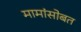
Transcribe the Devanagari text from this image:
मामांसोबत